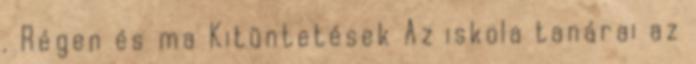
. Régen és ma Kitüntetések Az iskola tanárai az